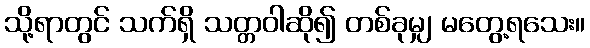
သို့ရာတွင် သက်ရှိ သတ္တဝါဆို၍ တစ်ခုမျှ မတွေ့ရသေး။